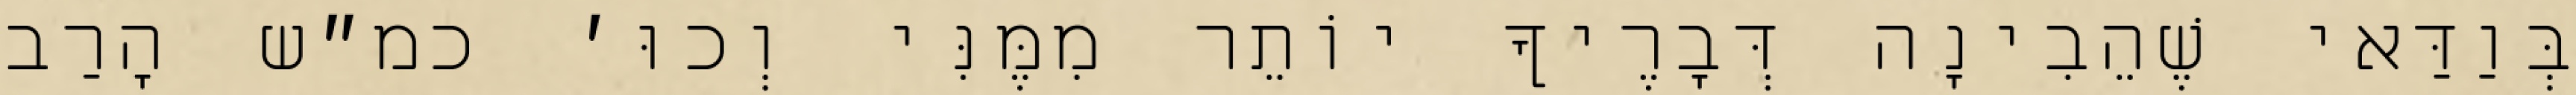
בְּוַדַּאי שֶׁהֵבִינָה דְּבָרֶיךָ יוֹתֵר מִמֶּנִּי וְכוּ׳ כמ״ש הָרַב